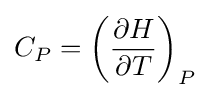
C_{P}=\left({\frac {\partial H}{\partial T}}\right)_{P}